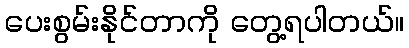
ပေးစွမ်းနိုင်တာကို တွေ့ရပါတယ်။